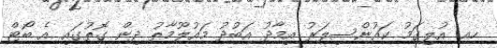
ހއ. އުލިގަމު ކައުންސިލަރު އިމާދު އަބުދު މައުލޫމާތު ދިން ގޮތުގައި އެ ބޯޓް